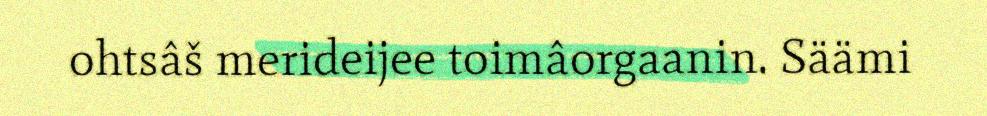
ohtsâš merideijee toimâorgaanin. Säämi